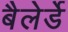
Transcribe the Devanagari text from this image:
बैलेर्डे